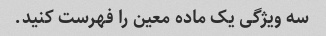
سه ویژگی یک ماده معین را فهرست کنید.